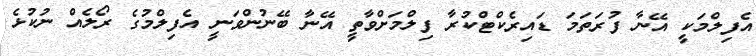
އެފިލްމަކީ އޭނާ ފުރަތަމަ ޑައިރެކްޓްކުރާ ފިލްމަށްވާތީ އޭނާ ބޭނުންވަނީ އެފިލްމުގެ ރޯލެއް ނުކުޅެ